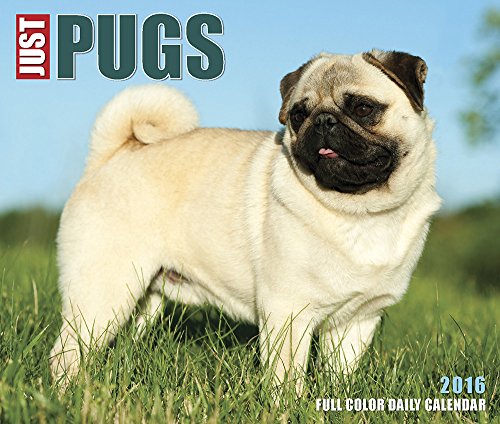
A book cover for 2016 Just Pugs Box Calendar; Willow Creek Press; Calendars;